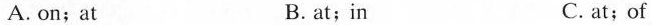
A. on; at B. at;in C. at;of